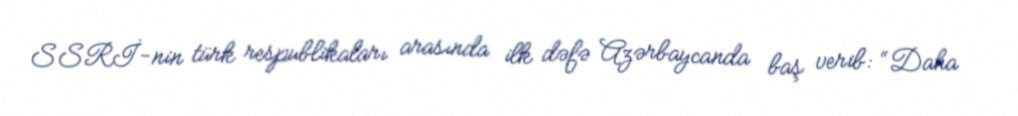
SSRİ-nin türk respublikaları arasında ilk dəfə Azərbaycanda baş verib: “Daha